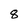
Character: 8